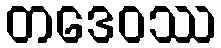
တဒေဝဿ